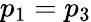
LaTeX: p_{1}=p_{3}